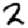
Digit: 2